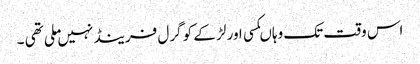
اس وقت تک وہاںکسی اور لڑ کے کو گرل فرینڈ نہیں ملی تھی ۔